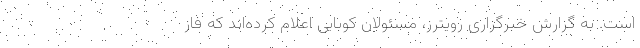
است. به گزارش خبرگزاری رویترز، مسئولان کوبایی اعلام کرده‌اند که فاز